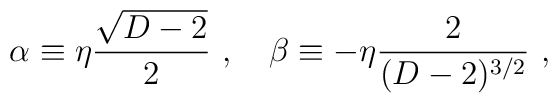
\alpha\equiv\eta{\sqrt{D-2}\over 2}~,~~~\beta\equiv-\eta {2\over (D-2)^{3/2}}~,